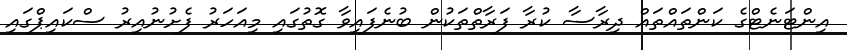
އިންޓަނެޓްގެ ކަންތައްތައް ދިރާސާ ކުރާ ފަރާތްތަކުން ބުނެފައިވާ ގޮތުގައި މިއަހަރު ފެށުނުއިރު ސްކައިޕްގައި